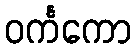
ဝင်္ကကော